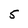
Character: 5